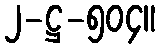
၂-ဋ္ဌ-၅၀၄။